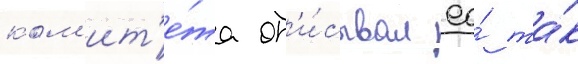
ком'ит'е́та оп'и́сывал ео́ та́к